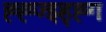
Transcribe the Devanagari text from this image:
ह्ह्ज्झ्ह्ह्ग